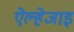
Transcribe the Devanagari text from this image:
ऐल्हेजाइ